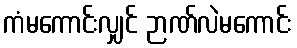
ကံမကောင်းလျှင် ဉာဏ်လဲမကောင်း